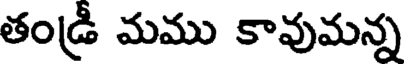
తండ్రీ మము కావుమన్న